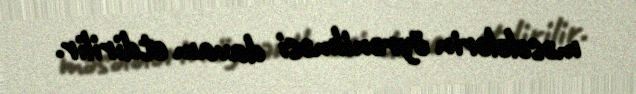
məsələlərin öyrənilməsi davam etdirilir.